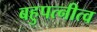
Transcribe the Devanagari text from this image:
बहुपत्‍नीत्व